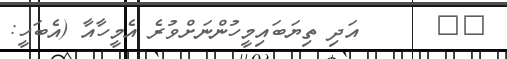
٨٦      އަދި ތިޔަބައިމީހުންނަށްވުރެ އެމީހާއާ (އެބަހީ: